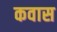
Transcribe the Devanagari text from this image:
कवास